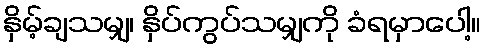
နှိမ့်ချသမျှ၊ နှိပ်ကွပ်သမျှကို ခံရမှာပေါ့။